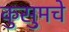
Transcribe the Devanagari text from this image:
कुसुमचे